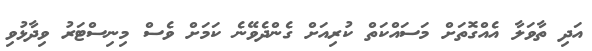
އަދި ތާވަލާ އެއްގޮތަށް މަސައްކަތް ކުރިއަށް ގެންދެވޭނެ ކަމަށް ވެސް މިނިސްޓަރު ވިދާޅުވި